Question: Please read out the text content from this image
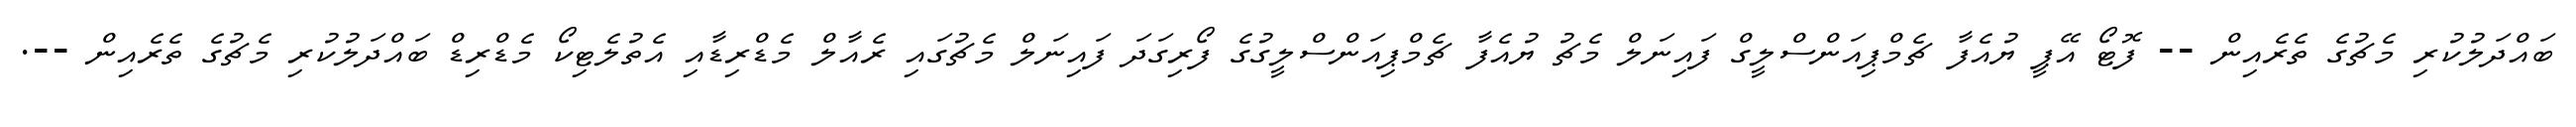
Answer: ބައްދަލުކުރި މެޗުގެ ތެރެއިން -- ފޮޓޯ އޭޕީ ޔުއެފާ ޗެމްޕިއަންސްލީގް ފައިނަލް މެޗު ޔުއެފާ ޗެމްޕިއަންސްލީގުގެ ފޯރިގަދަ ފައިނަލް މެޗުގައި ރެއާލް މެޑްރިޑާއި އެތުލެޓިކޯ މެޑްރިޑް ބައްދަލުކުރި މެޗުގެ ތެރެއިން --.